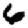
Digit: 6